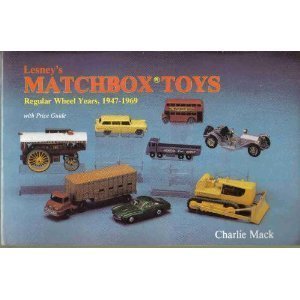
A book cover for Lesney's Matchbox Toys: Regular Wheel Years, 1947-1969 With Price Guide; Charlie MacK; Crafts, Hobbies & Home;